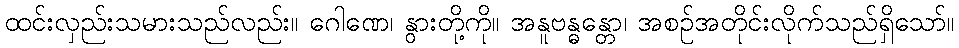
ထင်းလှည်းသမားသည်လည်း။ ဂေါဏေ၊ နွားတို့ကို။ အနူဗန္ဓန္တော၊ အစဉ်အတိုင်းလိုက်သည်ရှိသော်။